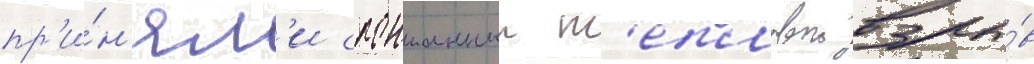
пр'и́н'ял'и спонтанныи т'епловои взры́в